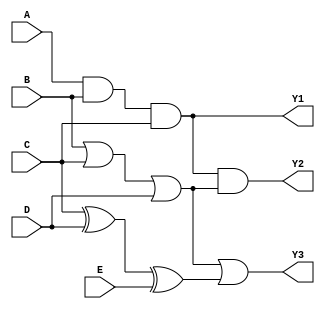
module combinational_logic_block (
    input wire A,
    input wire B,
    input wire C,
    input wire D,
    input wire E,
    output wire Y1,
    output wire Y2,
    output wire Y3
);

// Group 1: {A, B, C}
// Logic operation for Group 1 (AND operation)
wire G1_result;
assign G1_result = A & B & C;

// Group 2: {B, C, D}
// Logic operation for Group 2 (OR operation)
wire G2_result;
assign G2_result = B | C | D;

// Group 3: {C, D, E}
// Logic operation for Group 3 (XOR operation)
wire G3_result;
assign G3_result = C ^ D ^ E;

// Output generation
// Y1 is derived from Group 1 result
assign Y1 = G1_result;

// Y2 combines results from Group 1 and Group 2 (AND operation)
assign Y2 = G1_result & G2_result;

// Y3 combines results from Group 2 and Group 3 (OR operation)
assign Y3 = G2_result | G3_result;

endmodule